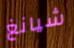
شيانغ